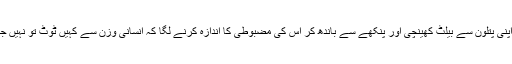
میں نے اپنی پتلون سے بیلٹ کھینچی اور پنکھے سے باندھ کر اس کی مضبوطی کا اندازہ کرنے لگا کہ انسانی وزن سے کہیں ٹوٹ تو نہیں جائے گی۔